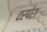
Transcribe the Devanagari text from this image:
दरपेश